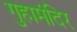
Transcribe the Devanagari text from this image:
गुहामंदिर